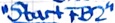
Text: "Start FB2"